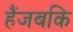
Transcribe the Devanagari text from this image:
हैंजबकि